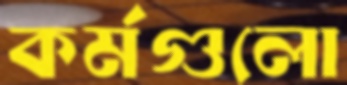
কর্মগুলো